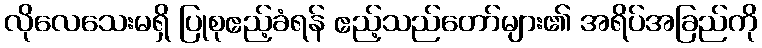
လိုလေသေးမရှိ ပြုစုဧည့်ခံရန် ဧည့်သည်တော်များ၏ အရိပ်အခြည်ကို